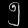
Digit: ၅